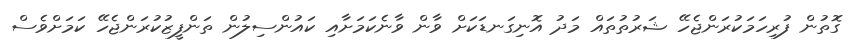
ގޮތުން ފުރިހަމަކުރަންޖެހޭ ޝަރުތުތައް މަދު އޮނިގަނޑަކަށް ވާން ވާނެކަމަށާއި ކައުންސިލުން ތަންފީޒުކުރަންޖެހޭ ކަމަށްވެސް